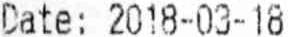
DATE: 2018-03-18